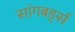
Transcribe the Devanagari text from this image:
सांगबर्ड्स